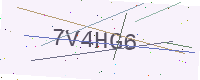
Text: 7V4HG6